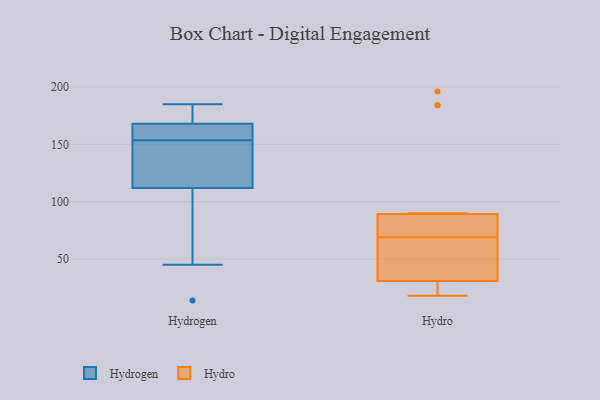
{"axis": {"x": "Demand Index", "y": "Value"}, "legend": ["Hydro", "Hydrogen"], "data": [{"x": "", "y": 144, "type": "Hydrogen"}, {"x": "", "y": 45, "type": "Hydrogen"}, {"x": "", "y": 168, "type": "Hydrogen"}, {"x": "", "y": 160, "type": "Hydrogen"}, {"x": "", "y": 161, "type": "Hydrogen"}, {"x": "", "y": 167, "type": "Hydrogen"}, {"x": "", "y": 159, "type": "Hydrogen"}, {"x": "", "y": 148, "type": "Hydrogen"}, {"x": "", "y": 112, "type": "Hydrogen"}, {"x": "", "y": 176, "type": "Hydrogen"}, {"x": "", "y": 122, "type": "Hydrogen"}, {"x": "", "y": 14, "type": "Hydrogen"}, {"x": "", "y": 185, "type": "Hydrogen"}, {"x": "", "y": 181, "type": "Hydrogen"}, {"x": "", "y": 45, "type": "Hydrogen"}, {"x": "", "y": 134, "type": "Hydrogen"}, {"x": "", "y": 104, "type": "Hydrogen"}, {"x": "", "y": 181, "type": "Hydrogen"}, {"x": "", "y": 87, "type": "Hydro"}, {"x": "", "y": 85, "type": "Hydro"}, {"x": "", "y": 18, "type": "Hydro"}, {"x": "", "y": 46, "type": "Hydro"}, {"x": "", "y": 26, "type": "Hydro"}, {"x": "", "y": 19, "type": "Hydro"}, {"x": "", "y": 69, "type": "Hydro"}, {"x": "", "y": 24, "type": "Hydro"}, {"x": "", "y": 49, "type": "Hydro"}, {"x": "", "y": 90, "type": "Hydro"}, {"x": "", "y": 78, "type": "Hydro"}, {"x": "", "y": 184, "type": "Hydro"}, {"x": "", "y": 184, "type": "Hydro"}, {"x": "", "y": 196, "type": "Hydro"}, {"x": "", "y": 63, "type": "Hydro"}]}